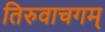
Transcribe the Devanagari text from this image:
तिरुवाचगम्‌